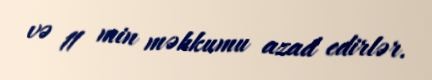
və 11 min məhkumu azad edirlər.